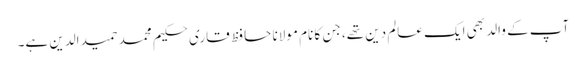
آپ کے والد بھی ایک عالم دین تھے، جن کا نام مولانا حافظ قاری حکیم محمد حمید الدین ہے۔